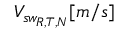
V _ { s w _ { R , T , N } } [ m / s ]